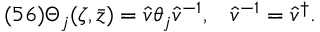
( 5 6 ) \Theta _ { j } ( \zeta , \bar { z } ) = \hat { v } \theta _ { j } \hat { v } ^ { - 1 } , \; \; \; \hat { v } ^ { - 1 } = \hat { v } ^ { \dagger } .